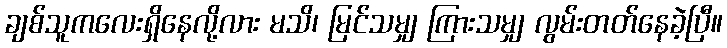
ချစ်သူကလေးရှိနေလို့လား မသိ၊ မြင်သမျှ ကြားသမျှ လွမ်းတတ်နေခဲ့ပြီ။